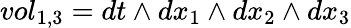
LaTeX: vol_{1,3}=dt\wedge dx_{1}\wedge dx_{2}\wedge dx_{3}